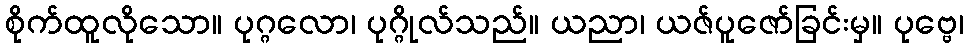
စိုက်ထူလိုသော။ ပုဂ္ဂလော၊ ပုဂ္ဂိုလ်သည်။ ယညာ၊ ယဇ်ပူဇော်ခြင်းမှ။ ပုဗ္ဗေ၊